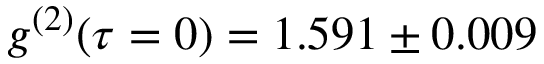
g ^ { ( 2 ) } ( \tau = 0 ) = 1 . 5 9 1 \pm 0 . 0 0 9